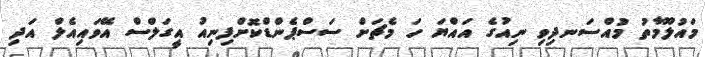
މައުލޫމާތު މުއްސަނދިވި ނިއުގެ އައްޔަ ހަ މެޗަށް ސަސްޕެންޑްކޮށްފިނިއު އީގަލްސް އޭވައިއެލް އަދި